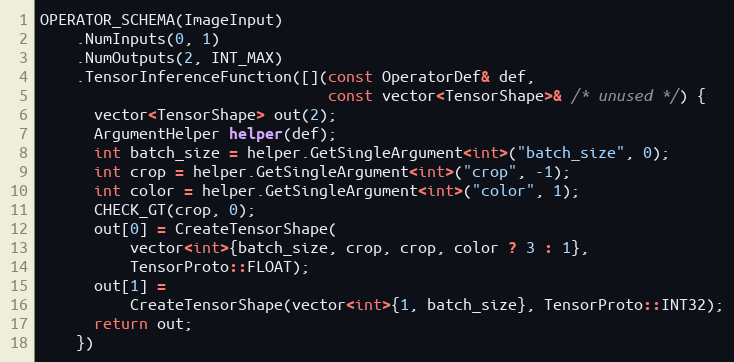
Language: C++
OPERATOR_SCHEMA(ImageInput)
    .NumInputs(0, 1)
    .NumOutputs(2, INT_MAX)
    .TensorInferenceFunction([](const OperatorDef& def,
                                const vector<TensorShape>& /* unused */) {
      vector<TensorShape> out(2);
      ArgumentHelper helper(def);
      int batch_size = helper.GetSingleArgument<int>("batch_size", 0);
      int crop = helper.GetSingleArgument<int>("crop", -1);
      int color = helper.GetSingleArgument<int>("color", 1);
      CHECK_GT(crop, 0);
      out[0] = CreateTensorShape(
          vector<int>{batch_size, crop, crop, color ? 3 : 1},
          TensorProto::FLOAT);
      out[1] =
          CreateTensorShape(vector<int>{1, batch_size}, TensorProto::INT32);
      return out;
    })